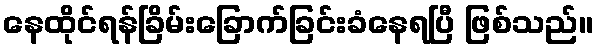
နေထိုင်ရန်ခြိမ်းခြောက်ခြင်းခံနေရပြီ ဖြစ်သည်။